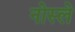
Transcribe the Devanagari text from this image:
नोस्ले